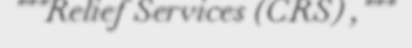
"""Relief Services (CRS) ,"""